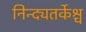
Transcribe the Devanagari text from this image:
निन्द्यतर्केश्च